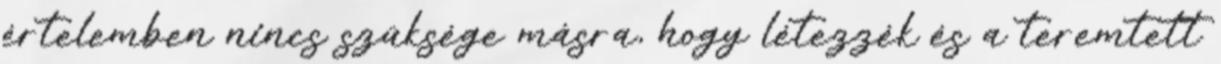
értelemben nincs szüksége másra, hogy létezzék és a teremtett